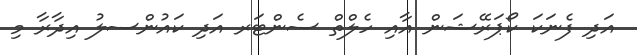
އަދި ފެނަކަ ކޯޕަރޭޝަން އާއި ހެލްތް ސެންޓަރ އަދި ކައުންސލު އިދާރާ މި